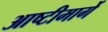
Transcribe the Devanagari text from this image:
आष्टीमार्गे